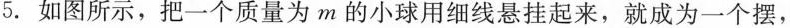
5. 如图所示，把一个质量为m的小球用细线悬挂起来，就成为一个摆，